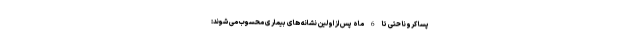
پسا کرونا حتی تا 6 ماه پس از اولین نشانه های بیماری محسوب می شوند: